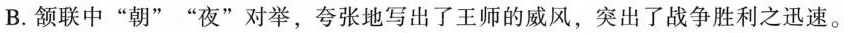
B. 颔联中“朝”“夜”对举，夸张地写出了王师的威风，突出了战争胜利之迅速。